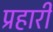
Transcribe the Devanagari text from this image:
प्रहारी